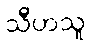
သီဟသူ